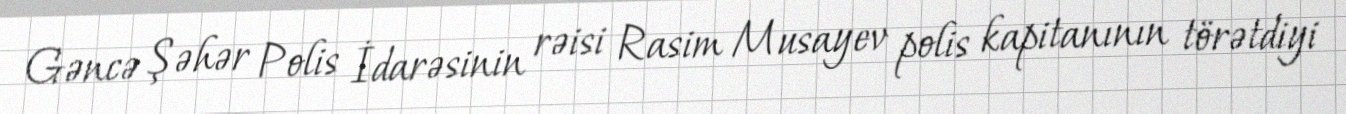
Gəncə Şəhər Polis İdarəsinin rəisi Rasim Musayev polis kapitanının törətdiyi